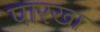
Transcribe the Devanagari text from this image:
पारखा